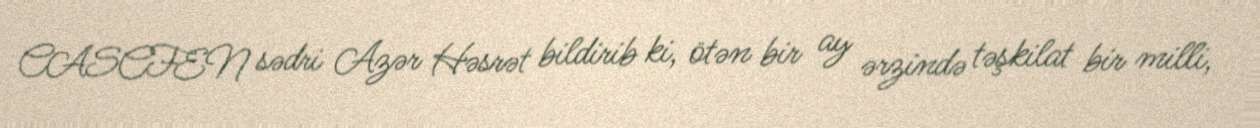
CASCFEN sədri Azər Həsrət bildirib ki, ötən bir ay ərzində təşkilat bir milli,